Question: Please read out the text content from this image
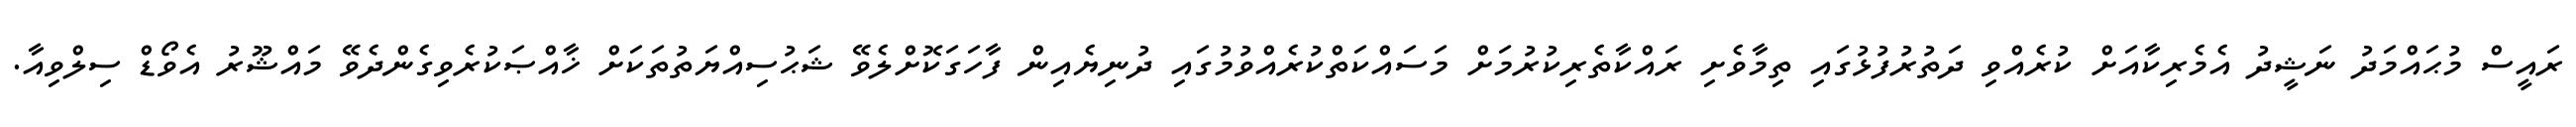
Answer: ރައީސް މުޙައްމަދު ނަޝީދު އެމެރިކާއަށް ކުރެއްވި ދަތުރުފުޅުގައި ތިމާވެށި ރައްކާތެރިކުރުމަށް މަސައްކަތްކުރެއްވުމުގައި ދުނިޔެއިން ފާހަގަކޮށްލެވޭ ޝަޙުސިއްޔަތުތަކަށް ޚާއްޞަކުރެވިގެންދެވޭ މައްޝޫރު އެވޯޑް ސިލްވިއާ.